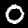
Label: 0